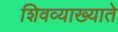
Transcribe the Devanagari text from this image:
शिवव्याख्याते